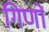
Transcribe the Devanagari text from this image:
गिणों